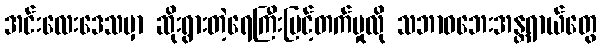
အင်းလေးဒေသမှာ ဆိုးရွားတဲ့ရေကြီးမြင့်တက်မှုလို သဘာဝဘေးအန္တရာယ်တွေ